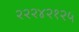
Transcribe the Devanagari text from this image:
२२२४२१२५